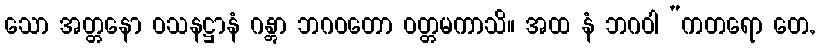
သော အတ္တနော ဝသနဋ္ဌာနံ ဂန္တွာ ဘဂဝတော ဝတ္တမကာသိ။ အထ နံ ဘဂဝါ “ကတရော တေ,